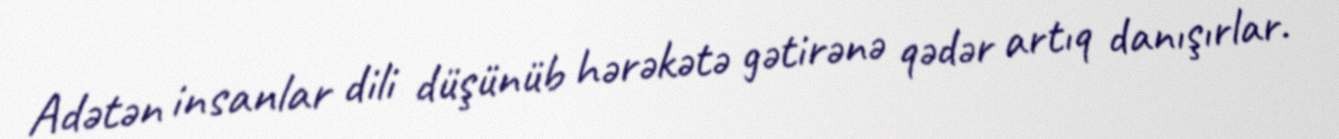
Adətən insanlar dili düşünüb hərəkətə gətirənə qədər artıq danışırlar.